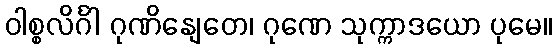
ဝါစ္စလိင်္ဂါ ဂုဏိနျေတေ၊ ဂုဏေ သုက္ကာဒယော ပုမေ။